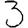
Digit: 3